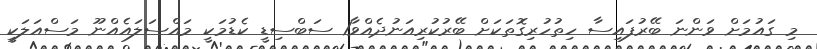
މި ގައުމަށް ވަންނަ ބޭރުފައިސާ ހިތުހުރިގޮތަކަށް ބޭރުކުރިއަނުދެއްވާ1 ސަބްސިޑީ ކެޑުމަކީ މައްސަލައެއްނޫ މަސްއަލަކީ